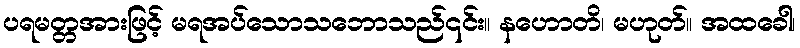
ပရမတ္တအားဖြင့် မရအပ်သောသဘောသည်၎င်း။ နဟောတိ၊ မဟုတ်။ အထခေါ၊